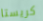
كريستا